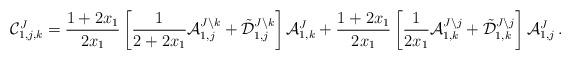
LaTeX: \begin{align*}\mathcal{C}_{1,j,k}^{J} =\frac{1+2x_{1}}{2x_{1}} \left[ \frac{1}{2+2x_{1}}\mathcal{A}_{1,j}^{J\setminus k }+\tilde{\mathcal{D}}_{1,j}^{J\setminus k }\right]{\mathcal{A}}_{1,k}^{J} +\frac{1+2x_{1}}{2x_{1}}\left[\frac{1}{2x_{1}}\mathcal{A}_{1,k}^{J\setminus j }+\tilde{\mathcal{D}}_{1,k}^{J\setminus j}\right]{\mathcal{A}}_{1,j}^{J }\,.\end{align*}